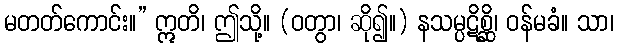
မတတ်ကောင်း။” ဣတိ၊ ဤသို့။ (ဝတွာ၊ ဆို၍။) နသမ္ပဋိစ္ဆိ၊ ဝန်မခံ။ သာ၊